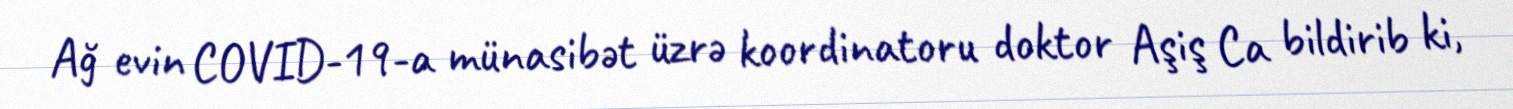
Ağ evin COVID-19-a münasibət üzrə koordinatoru doktor Aşiş Ca bildirib ki,